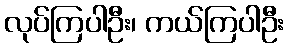
လုပ်ကြပါဦး၊ ကယ်ကြပါဦး